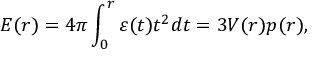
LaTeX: E ( r ) = 4 \pi \int _ { 0 } ^ { r } { \varepsilon ( t ) t ^ { 2 } d t } = 3 V ( r ) p ( r ) ,